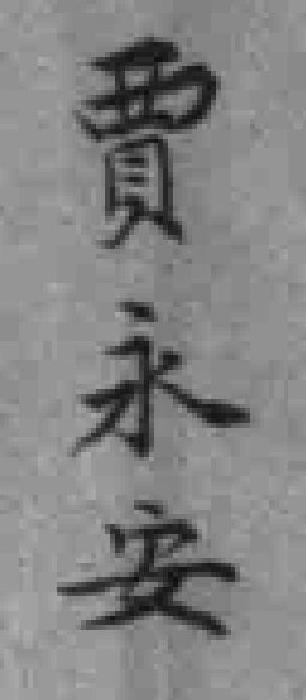
賈永安